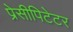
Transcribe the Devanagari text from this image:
प्रेसीपिटेटर